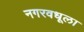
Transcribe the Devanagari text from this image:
नगरवधूला